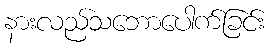
နားလည်သဘောပေါက်ခြင်း